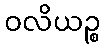
ဝလိယဉ္စ